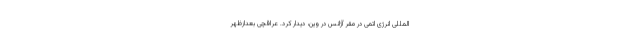
المللی انرژی اتمی در مقر آژانس در وین، دیدار کرد. عراقچی بعدازظهر